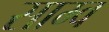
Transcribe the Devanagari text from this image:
साम्व